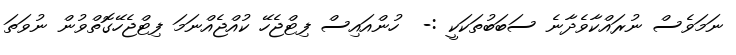
ނަމަވެސް ނުރައްކާވެދާނެ ސަބަބުތަކަކީ :-  ހުންއައިސް ފިޓްޖެހޭ ކުއްޖެއްނަމަ ފިޓްޖެހޭގޮތްވުން ނުވަތަ